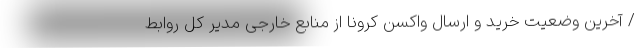
/ آخرین وضعیت خرید و ارسال واکسن کرونا از منابع خارجی مدیر کل روابط